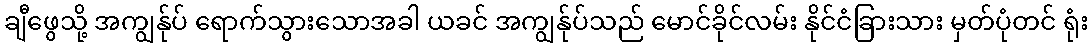
ချီဖွေသို့ အကျွန်ုပ် ရောက်သွားသောအခါ ယခင် အကျွန်ုပ်သည် မောင်ခိုင်လမ်း နိုင်ငံခြားသား မှတ်ပုံတင် ရုံး